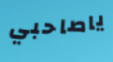
ياصاحبي